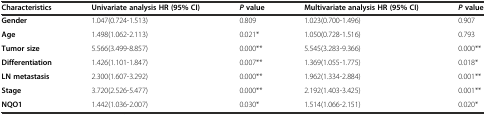
<table><thead><tr><td><b>Characteristics</b></td><td><b>Univariate analysis HR (95% CI)</b></td><td><b><i>P</i>value</b></td><td><b>Multivariate analysis HR (95% CI)</b></td><td><b><i>P</i>value</b></td></tr></thead><tbody><tr><td><b>Gender</b></td><td>1.047(0.724-1.513)</td><td>0.809</td><td>1.023(0.700-1.496)</td><td>0.907</td></tr><tr><td><b>Age</b></td><td>1.498(1.062-2.113)</td><td>0.021*</td><td>1.050(0.728-1.516)</td><td>0.793</td></tr><tr><td><b>Tumor size</b></td><td>5.566(3.499-8.857)</td><td>0.000**</td><td>5.545(3.283-9.366)</td><td>0.000**</td></tr><tr><td><b>Differentiation</b></td><td>1.426(1.101-1.847)</td><td>0.007**</td><td>1.369(1.055-1.775)</td><td>0.018*</td></tr><tr><td><b>LN metastasis</b></td><td>2.300(1.607-3.292)</td><td>0.000**</td><td>1.962(1.334-2.884)</td><td>0.001**</td></tr><tr><td><b>Stage</b></td><td>3.720(2.526-5.477)</td><td>0.000**</td><td>2.192(1.403-3.425)</td><td>0.001**</td></tr><tr><td><b>NQO1</b></td><td>1.442(1.036-2.007)</td><td>0.030*</td><td>1.514(1.066-2.151)</td><td>0.020*</td></tr></tbody></table>